Calcutta medical institutions reports 1871-78
Year: 1871
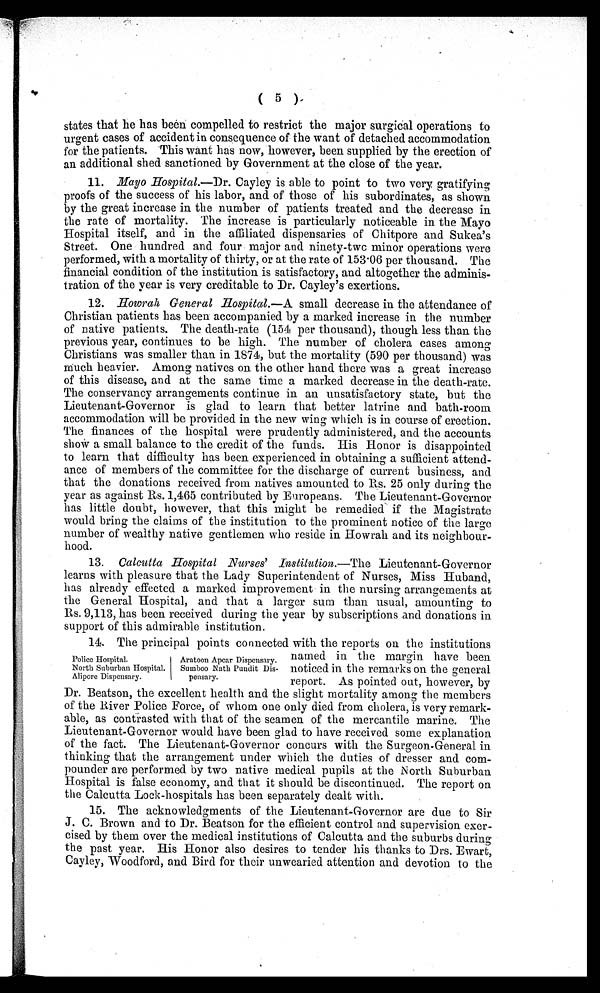
( 5 )
states that he has been compelled to restrict the major surgical operations to
urgent cases of accident in consequence of the want of detached accommodation
for the patients. This want has now, however, been supplied by the erection of
an additional shed sanctioned by Government at the close of the year.
11. Mayo Hospital.—Dr. Cayley is able to point to two very gratifying
proofs of the success of his labor, and of those of his subordinates, as shown
by the great increase in the number of patients treated and the decrease in
the rate of mortality. The increase is particularly noticeable in the Mayo
Hospital itself, and in the affiliated dispensaries of Chitpore and Sukea's
Street. One hundred and four major and ninety-two minor operations were
performed, with a mortality of thirty, or at the rate of 153 . 06 per thousand. The
financial condition of the institution is satisfactory, and altogether the adminis-
tration of the year is very creditable to Dr. Cayley's exertions.
12. Howrah General Hospital.—A small decrease in the attendance of
Christian patients has been accompanied by a marked increase in the number
of native patients. The death-rate (154 per thousand), though less than the
previous year, continues to be high. The number of cholera cases among
Christians was smaller than in 1874, but the mortality (590 per thousand) was
much heavier. Among natives on the other hand there was a great increase
of this disease, and at the same time a marked decrease in the death-rate.
The conservancy arrangements continue in an unsatisfactory state, but the
Lieutenant-Governor is glad to learn that better latrine and bath-room
accommodation will be provided in the new wing which is in course of erection.
The finances of the hospital were prudently administered, and the accounts
show a small balance to the credit of the funds. His Honor is disappointed
to learn that difficulty has been experienced in obtaining a sufficient attend-
ance of members of the committee for the discharge of current business, and
that the donations received from natives amounted to Rs. 25 only during the
year as against Rs. 1,465 contributed by Europeans. The Lieutenant-Governor
has little doubt, however, that this might be remedied if the Magistrate
would bring the claims of the institution to the prominent notice of the large
number of wealthy native gentlemen who reside in Howrah and its neighbour-
hood.
13. Calcutta Hospital Nurses' Institution.—The Lieutenant-Governor
learns with pleasure that the Lady Superintendent of Nurses, Miss Huband,
has already effected a marked improvement in the nursing arrangements at
the General Hospital, and that a larger sum than usual, amounting to
Rs. 9,113, has been received during the year by subscriptions and donations in
support of this admirable institution.
14. The principal points connected with the reports on the institutions
Police Hospital.
Aratoon Apcar Dispensary.
North Suburban Hospital.
Sumboo Nath Pundit Cis-
Alipore Dispensary.
pensary.
named in the margin have been
noticed in the remarks on the general
report. As pointed out, however, by
Dr. Beatson, the excellent health and the slight mortality among the members
of the River Police Force, of whom one only died from cholera, is very remark-
able, as contrasted with that of the seamen of the mercantile marine. The
Lieutenant-Governor would have been glad to have received some explanation
of the fact. The Lieutenant-Governor concurs with the Surgeon-General in
thinking that the arrangement under which the duties of dresser and com-
pounder are performed by two native medical pupils at the North Suburban
Hospital is false economy, and that it should be discontinued. The report on
the Calcutta Lock-hospitals has been separately dealt with.
15. The acknowledgments of the Lieutenant-Governor are due to Sir
J. C. Brown and to Dr. Beatson for the efficient control and supervision exer-
cised by them over the medical institutions of Calcutta and the suburbs during
the past year. His Honor also desires to tender his thanks to Drs. Ewart,
Cayley, Woodford, and Bird for their unwearied attention and devotion to the